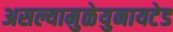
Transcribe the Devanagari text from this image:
असल्यामुळेयुनायटेड